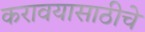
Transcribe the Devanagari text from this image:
करावयासाठीचे